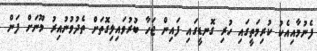
ފެނުމާއިއެކު ކުރިމަތީގައި ހުރި ގޮނޑީގައި ފައިން ޖަހާ ބުރުވައިލިގޮތަށް ތެދުވުނުއިރު މޫނަށް ފަން